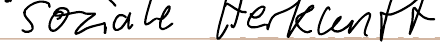
soziale Herkunft